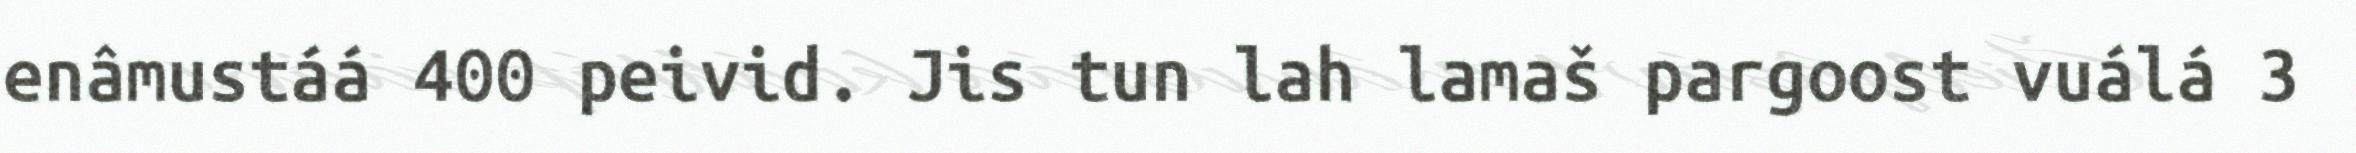
enâmustáá 400 peivid. Jis tun lah lamaš pargoost vuálá 3